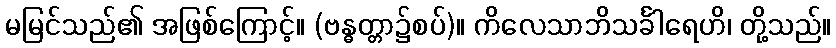
မမြင်သည်၏ အဖြစ်ကြောင့်။ (ဗန္ဓတ္တာ၌စပ်)။ ကိလေသာဘိသင်္ခါရေဟိ၊ တို့သည်။